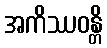
အကိဿဝန္တိ